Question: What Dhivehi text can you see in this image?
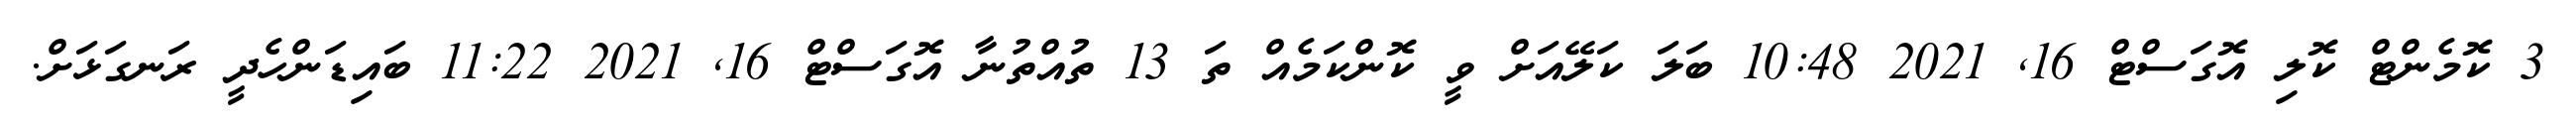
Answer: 3 ކޮމެންޓް ކޮލި އޮގަސްޓް 16, 2021 10:48 ބަލަ ކަލޭއަށް ވީ ކޮންކަމެއް ތަ 13 ތުއްތުނާ އޮގަސްޓް 16, 2021 11:22 ބައިޑަންހެދީ ރަނގަޅަށް.